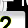
Digit: 2